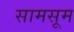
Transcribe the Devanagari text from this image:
सामसूम